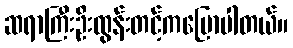
ဆရာကြီးဦးထွန်းတင့်ကပြောပါတယ်။